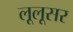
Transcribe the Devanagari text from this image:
लूलूसर